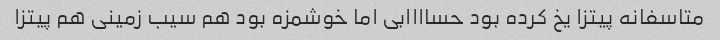
متاسفانه پیتزا یخ کرده بود حساااابی اما خوشمزه بود هم سیب زمینی هم پیتزا